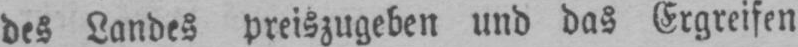
des Landes preiszugeben und das Ergreifen